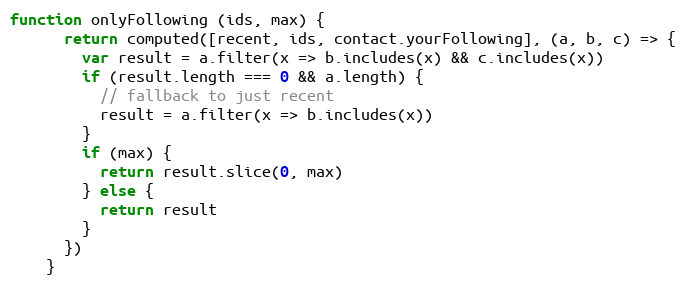
Language: JavaScript
function onlyFollowing (ids, max) {
      return computed([recent, ids, contact.yourFollowing], (a, b, c) => {
        var result = a.filter(x => b.includes(x) && c.includes(x))
        if (result.length === 0 && a.length) {
          // fallback to just recent
          result = a.filter(x => b.includes(x))
        }
        if (max) {
          return result.slice(0, max)
        } else {
          return result
        }
      })
    }